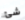
شئ